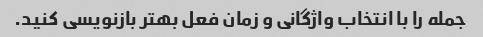
جمله را با انتخاب واژگانی و زمان فعل بهتر بازنویسی کنید.